Report on vaccination in Madras 1895-1903 - 1895-1903
Year: 1895
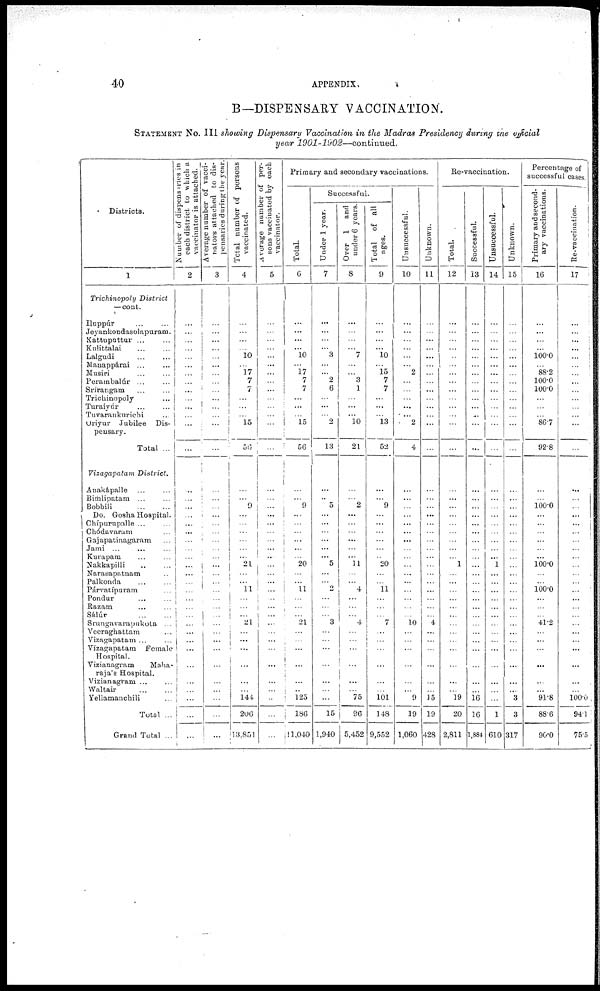
40
APPENDIX.
B—DISPENSARY VACCINATION.
STATEMENT No. III showing Dispensary Vaccination in the Madras Presidency during the official
year 1901-1902—continued.
Districts.
1
Trichinopoly District
—cont.
Iluppúr ... ...
Jeyankondasolapuram.
Kattuputtur ... ...
Kulittalai ... ...
Lalgudi ... ...
Manappárai ... ...
Musiri ... ...
Perambalúr ... ...
Srirangam ... ...
Trichinopoly ...
Turaiyúr ... ...
Tuvarankurichi ...
Oriyur Jubilee Dis-
pensary.
Total ...
Vizagapatam District.
Anakápalle ... ...
Bimlipatam ... ...
Bobbili
...
...
Do. Gosha Hospital.
Chípurupalle ... ...
Chódavaram ... ...
Gajapatinagaram ...
Jami ... ... ...
Kurapam ... ...
Nakkapilli ... ...
Narasapatnam ...
Palkonda ... ...
Párvatípuram ...
Pondur ... ...
Razam ... ...
Sálúr
...
...
Srungavarapukota ...
Veeraghattam ... ...
Vizagapatam ... ...
Vizagapatam Female
Hospital.
Vizianagram
Maha-
raja's Hospital.
Vizianagram ... ...
Waltair
...
...
Yellamanchili ...
Total ...
Grand Total ...
Number of dispensaries in
each district to which a
vaccinator is attached.
2
...
...
...
...
...
...
...
...
...
...
...
...
...
...
...
...
...
...
...
...
...
...
...
...
...
...
...
...
...
...
...
...
...
...
...
...
...
...
...
...
Average number of vacci-
nators attached to dis-
pensaries during the year.
3
...
...
...
...
...
...
...
...
...
...
...
...
...
...
...
...
...
...
...
...
...
...
...
...
...
...
...
...
...
...
...
...
...
...
...
...
...
...
...
...
Total number of persons
vaccinated.
4
...
...
...
...
10
...
17
7
7
...
...
...
15
56
...
...
9
...
...
...
...
...
...
21
...
...
11
...
...
...
21
...
...
...
...
...
...
144
206
13,851
Average number of per-
sons vaccinated by each
vaccinator.
5
...
...
...
...
...
...
...
...
...
...
...
...
...
...
...
...
...
...
...
...
...
...
...
...
...
...
...
...
...
...
...
...
...
...
...
...
...
...
...
...
Primary and secondary vaccinations.
Total.
6
...
...
...
...
10
...
17
7
7
...
...
...
15
56
...
...
9
...
...
...
...
...
...
20
...
...
11
...
...
...
21
...
...
...
...
...
...
125
186
11,040
Successful.
Under 1 year.
7
...
...
...
...
3
...
...
2
6
...
...
...
2
13
...
...
5
...
...
...
...
...
...
5
...
...
...
...
...
...
3
...
...
...
...
...
...
...
15
1,940
Over 1 and
under 6 years.
8
...
...
...
...
7
...
...
3
1
...
...
...
10
21
...
...
2
...
...
...
...
...
...
11
...
...
4
...
...
...
4
...
...
...
...
...
...
75
96
5,452
Total of all
ages.
9
...
...
...
...
10
...
15
7
7
...
...
...
13
52
...
...
9
...
...
...
...
...
...
20
...
...
11
...
...
...
7
...
...
...
...
...
...
101
148
9,552
Unsuccessful.
10
...
...
...
...
...
...
2
...
...
...
...
...
2
4
...
...
...
...
...
...
...
...
...
...
...
...
...
...
...
...
10
...
...
...
...
...
...
9
19
1,060
Unknown.
11
...
...
...
...
...
...
...
...
...
...
...
...
...
...
...
...
...
...
...
...
...
...
...
...
...
...
...
...
...
...
4
...
...
...
...
...
...
15
19
428
Re-vaccination.
Total.
12
...
...
...
...
...
...
...
...
...
...
...
...
...
...
...
...
...
...
...
...
...
...
...
1
...
...
...
...
...
...
...
...
...
...
...
...
...
19
20
2,811
Successful.
13
...
...
...
...
...
...
...
...
...
...
...
...
...
...
...
...
...
...
...
...
...
...
...
...
...
...
...
...
...
...
...
...
...
...
...
...
...
16
16
1,884
Unsuccessful.
14
...
...
...
...
...
...
...
...
...
...
...
...
...
...
...
...
...
...
...
...
...
...
...
1
...
...
...
...
...
...
...
...
...
...
...
...
...
...
1
610
Unknown.
15
...
...
...
...
...
...
...
...
...
...
...
...
...
...
...
...
...
...
...
...
...
...
...
...
...
...
...
...
...
...
...
...
...
...
...
...
...
3
3
317
Percentage of
successful cases.
Primary and second-
ary vaccinations.
16
...
...
...
...
100.0
...
88.2
100.0
100.0
...
...
...
86.7
92.8
...
...
100.0
...
...
...
...
...
...
100.0
...
...
100.0
...
...
...
41.2
...
...
...
...
...
...
91.8
88.6
90.0
Re-vaccination.
17
...
...
...
...
...
...
...
...
...
...
...
...
...
...
...
...
...
...
...
...
...
...
...
...
...
...
...
...
...
...
...
...
...
...
...
...
...
100.0
94.1
75.5